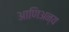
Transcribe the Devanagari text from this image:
आणिअन्य